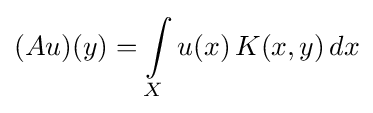
(Au)(y)=\int \limits _{X}u(x)\,K(x,y)\,dx